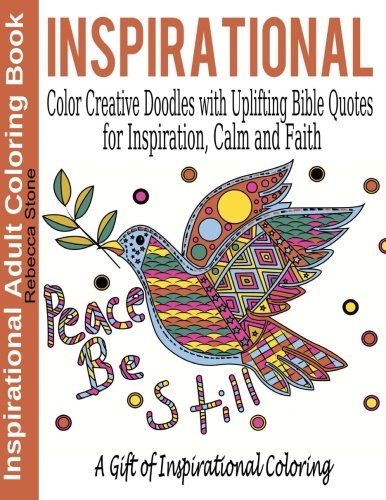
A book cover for Inspirational Adult Coloring Book: Color Creative Doodles with Uplifting Bible Quotes for Inspiration, Calm and Faith - The Gift of Coloring (Adult ... Bible, Adult Coloring Book Bible) (Volume 1); Rebecca Stone; Religion & Spirituality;